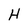
Character: H